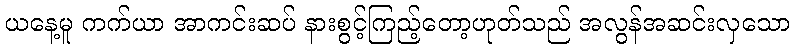
ယနေ့မူ ကက်ယာ အာကင်းဆပ် နားစွင့်ကြည့်တော့ဟုတ်သည် အလွန်အဆင်းလှသော